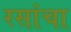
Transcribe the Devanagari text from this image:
रसांचा